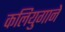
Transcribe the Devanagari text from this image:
कलियुगाने